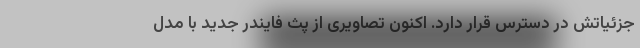
جزئیاتش در دسترس قرار دارد. اکنون تصاویری از پث فایندر جدید با مدل